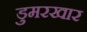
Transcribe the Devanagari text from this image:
डुमरखार